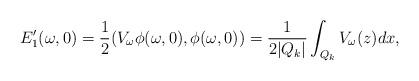
LaTeX: \begin{align*} E_1'(\omega,0) = \frac{1}{2} (V_\omega \phi(\omega,0), \phi(\omega,0)) = \frac{1}{2|Q_k|}\int_{Q_k} V_\omega(z) dx,\end{align*}